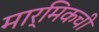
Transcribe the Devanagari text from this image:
मार्मिकची